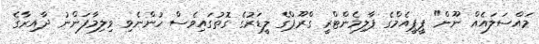
މައްސަލައެއް ނޫން" ޕީޕީއެމްގެ ޕާލިމެންޓްރީ ގްރޫޕްގެ ލީޑަރުގެ ގޮތުގައިވެސް ހުންނެވި ވިލިމާފަންނު ދާއިރާގެ